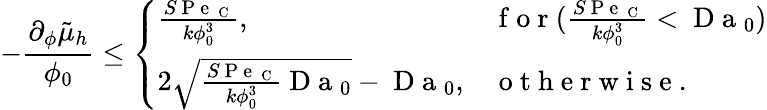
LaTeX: -\frac{\partial_{\phi}\tilde{\mu}_{h}}{\phi_{0}}\leq\left\{ \begin{array}{ll}{\frac{S\mathrm{~P~e~}_{\mathrm{~C~}}}{k\phi_{0}^{3}},}&{\mathrm{~f~o~r~}(\frac{S\mathrm{~P~e~}_{\mathrm{~C~}}}{k\phi_{0}^{3}}<\mathrm{~D~a~}_{0})}\\ {2\sqrt{\frac{S\mathrm{~P~e~}_{\mathrm{~C~}}}{k\phi_{0}^{3}}\mathrm{~D~a~}_{0}}-\mathrm{~D~a~}_{0},}&{\mathrm{~o~t~h~e~r~w~i~s~e~}.}\end{array}\right.